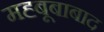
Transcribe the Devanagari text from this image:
मह्बूबाबाद